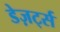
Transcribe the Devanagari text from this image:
डेज़र्ट्स